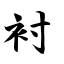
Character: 衬